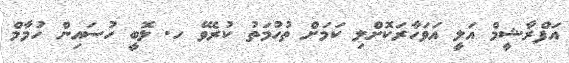
އަފްރާޝީމް އަލީ އަވަހާރަކޮށްލި ކަމަށް ތުހުމަތު ކުރެވޭ ހ. ލޮބީ ހުސައިން ހުމާމް